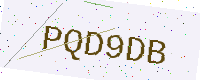
Text: PQD9DB